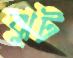
ঝুট